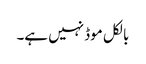
بالکل موڈ نہیں ہے۔